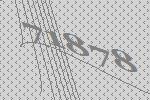
71878